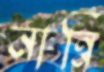
নান্নি